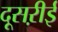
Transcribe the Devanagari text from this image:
दूसऱीई